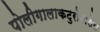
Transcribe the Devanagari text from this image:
पोलीगालाकटुरोनासेस